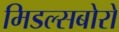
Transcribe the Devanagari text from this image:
मिडल्सबोरो